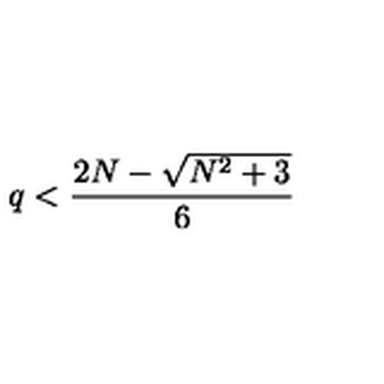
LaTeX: q < { \frac { 2 N - \sqrt { N ^ { 2 } + 3 } } { 6 } }